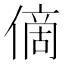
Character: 㒀